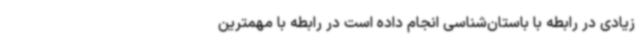
زیادی در رابطه با باستان‌شناسی انجام داده است در رابطه با مهمترین